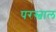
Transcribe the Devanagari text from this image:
परस्वाल